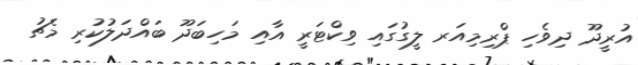
އުރީދޫ ދިވެހި ޕްރިމިއަރ ލީގުގައި ވިކްޓަރީ އާއި މަހިބަދޫ ބައްދަލުކުރި މެޗު